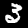
Label: 3